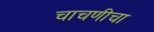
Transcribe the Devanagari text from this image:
चाचणीचा